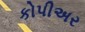
કોપીઅર